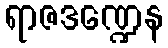
ရာဇဒဏ္ဍေန